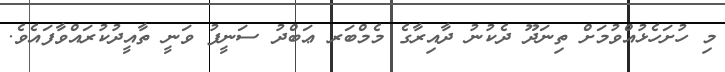
މި ހުށަހެޅުއްވުމަށް ތިނަދޫ ދެކުނު ދާއިރާގެ މެމްބަރ ޢަބްދު ސަނީފު ވަނީ ތާއީދުކުރައްވާފައެވެ.